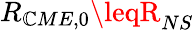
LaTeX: R_{\mathbb{C}ME,0}\leqR_{NS}